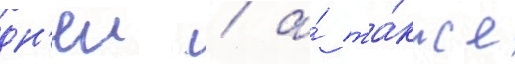
дн'еи / а́ та́кже